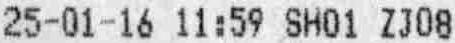
25-01-16 11:59 SH01 ZJ08